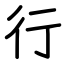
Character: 行